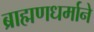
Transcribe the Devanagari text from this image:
ब्राह्मणधर्माने